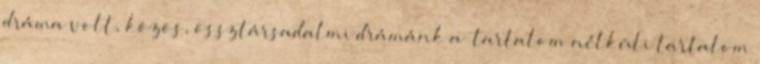
dráma volt, közös, össztársadalmi drámánk a “tartalom nélküli tartalom